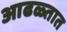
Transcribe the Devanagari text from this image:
आढळ्तात